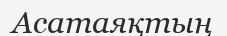
Асатаяқтың